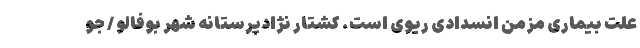
علت بیماری مزمن انسدادی ریوی است. کشتار نژادپرستانه شهر بوفالو / جو